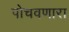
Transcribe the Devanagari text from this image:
पोचवणारा